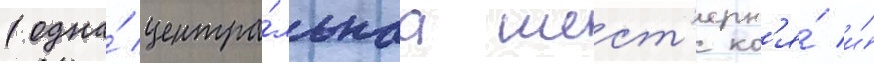
(одна́ центра́льнаа шест'ерн'я́ и́